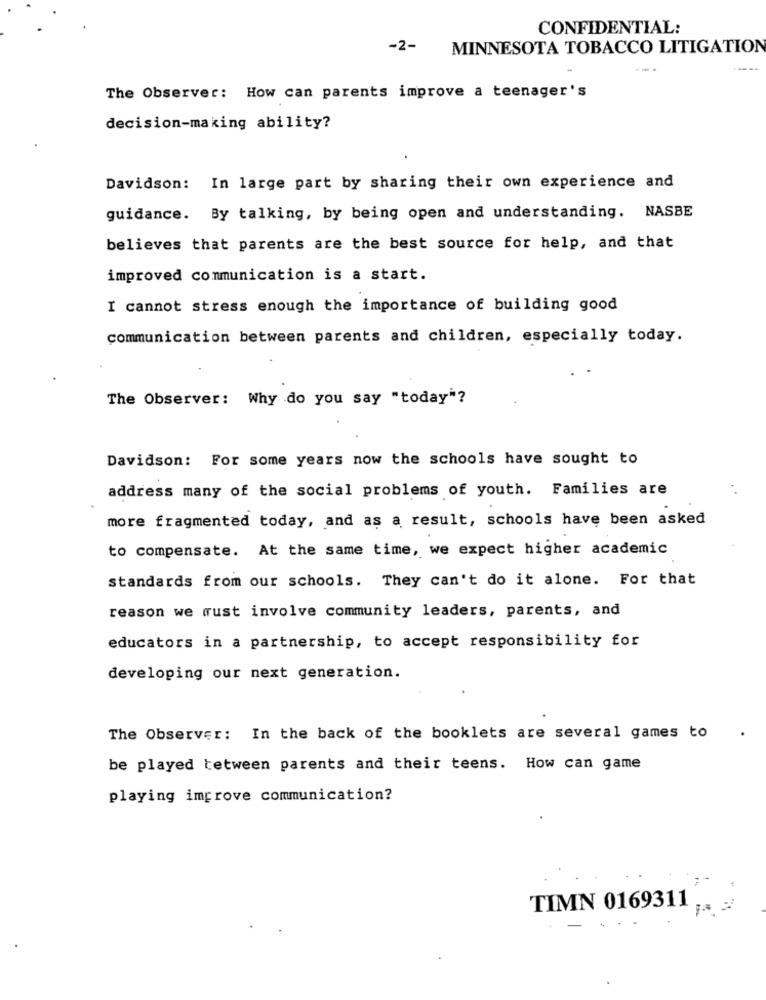
CONFIDENTIAL:
-2-
MINNESOTA TOBACCO LITIGATION
The Observer: How can parents improve a teenager's
decision-making ability?
Davidson: In large part by sharing their own experience and
guidance. By talking, by being open and understanding. NASBE
believes that parents are the best source for help, and that
improved communication is a start.
I cannot stress enough the importance of building good
communication between parents and children, especially today.
The Observer: Why do you say "today"?
Davidson: For some years now the schools have sought to
address many of the social problems of youth. Families are
more fragmented today, and as a result, schools have been asked
to compensate. At the same time, we expect higher academic
standards from our schools. They can't do it alone. For that
reason we must involve community leaders, parents, and
educators in a partnership, to accept responsibility for
developing our next generation.
The Observer: In the back of the booklets are several games to
be played tetween parents and their teens. How can game
playing improve communication?
TIMN 0169311